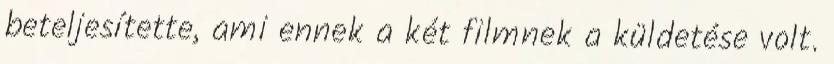
beteljesítette, ami ennek a két filmnek a küldetése volt.